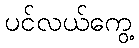
ပင်လယ်ကွေ့